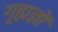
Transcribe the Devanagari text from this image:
गृह्यज्ञों